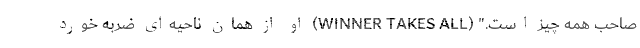
صاحب همه چیز است." (WINNER TAKES ALL) او از همان ناحیه‌ا‌ی ضربه خورد